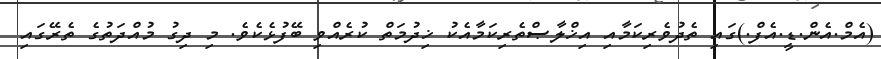
(އެމް.އެން.ޑީ.އެފް.)ގައި ތެދުވެރިކަމާއި އިޚްލާޞްތެރިކަމާއެކު ޚިދުމަތް ކުރެއްވި ބޭފުޅެކެވެ. މި ދިގު މުއްދަތުގެ ތެރޭގައި